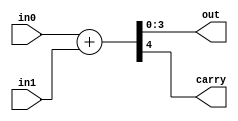

`default_nettype none
module adder #(
    parameter WIDTH = 4
) (
    input wire [WIDTH-1:0] in0,
    input wire [WIDTH-1:0] in1,
    output wire [WIDTH-1:0] out,
    output wire carry
);

    assign {carry, out} = in0 + in1;

endmodule
`default_nettype wire